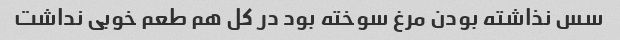
سس نذاشته بودن مرغ سوخته بود در کل هم طعم خوبی نداشت